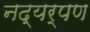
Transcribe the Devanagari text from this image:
नद्यर्पण